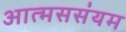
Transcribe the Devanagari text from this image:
आत्मससंयम